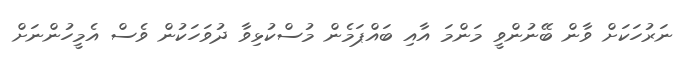
ނަރުހަކަށް ވާން ބޭނުންވީ މަންމަ އާއި ބައްޕަމެން މުސްކުޅިވާ ދުވަހަކުން ވެސް އެމީހުންނަށް